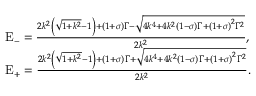
\begin{array} { r l } & { { \mathrm { E } _ { - } } = \frac { { 2 { k ^ { 2 } } \left( { \sqrt { 1 + { k ^ { 2 } } } - 1 } \right) + \left( { 1 + \sigma } \right) \Gamma - \sqrt { 4 { k ^ { 4 } } + 4 { k ^ { 2 } } \left( { 1 - \sigma } \right) \Gamma + { { \left( { 1 + \sigma } \right) } ^ { 2 } } { \Gamma ^ { 2 } } } } } { { 2 { k ^ { 2 } } } } , } \\ & { { \mathrm { E } _ { + } } = \frac { { 2 { k ^ { 2 } } \left( { \sqrt { 1 + { k ^ { 2 } } } - 1 } \right) + \left( { 1 + \sigma } \right) \Gamma + \sqrt { 4 { k ^ { 4 } } + 4 { k ^ { 2 } } \left( { 1 - \sigma } \right) \Gamma + { { \left( { 1 + \sigma } \right) } ^ { 2 } } { \Gamma ^ { 2 } } } } } { { 2 { k ^ { 2 } } } } . } \end{array}